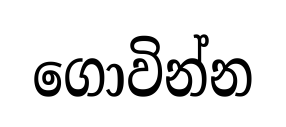
ගොවින්න